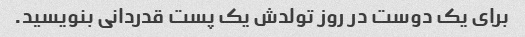
برای یک دوست در روز تولدش یک پست قدردانی بنویسید.